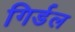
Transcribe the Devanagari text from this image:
गिर्डल